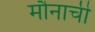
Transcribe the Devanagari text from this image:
मौनाची